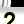
Digit: 2